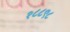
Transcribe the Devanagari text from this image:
१८८९८